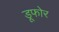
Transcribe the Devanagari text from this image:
डूफोर